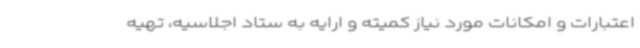
اعتبارات و امکانات مورد نیاز کمیته و ارایه به ستاد اجلاسیه، تهیه